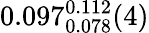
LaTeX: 0.097_{0.078}^{0.112}(4)